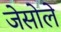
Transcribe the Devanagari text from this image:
जेसोले